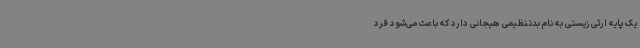
یک پایه ارثی زیستی به نام بدتنظیمی هیجانی دارد که باعث می‌شود فرد